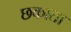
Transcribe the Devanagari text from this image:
छकाता